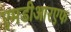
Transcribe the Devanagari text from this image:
एमडीआरएफ